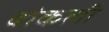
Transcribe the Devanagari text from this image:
बांकली